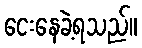
ငေးနေခဲ့ရသည်။